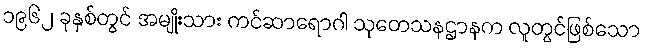
၁၉၆၂ ခုနှစ်တွင် အမျိုးသား ကင်ဆာရောဂါ သုတေသနဌာနက လူတွင်ဖြစ်သော